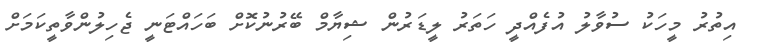
އިތުރު މީހަކު ސުވާލު އުފެއްދީ ހަތަރު ލީޑަރުން ޝިޔާމް ބޭރުނުކޮށް ބަހައްޓަނީ ޖެހިލުންވާތީކަމަށް